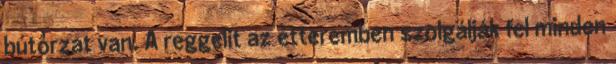
bútorzat van. A reggelit az étteremben szolgálják fel minden